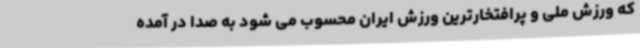
که ورزش ملی و پرافتخارترین ورزش ایران محسوب می شود به صدا در آمده